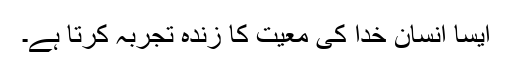
ایسا انسان خدا کی معیت کا زندہ تجربہ کرتا ہے۔